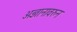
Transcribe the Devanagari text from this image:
अज्ञानावरुन